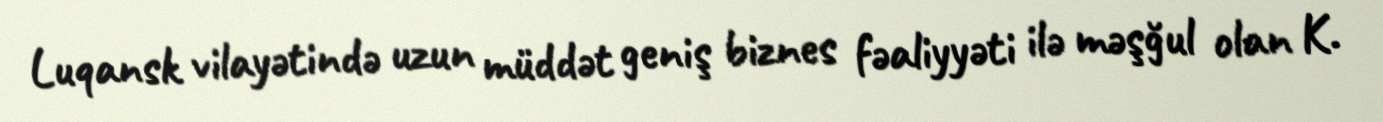
Luqansk vilayətində uzun müddət geniş biznes fəaliyyəti ilə məşğul olan K.